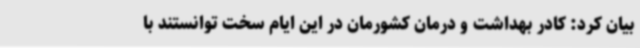
بیان کرد: کادر بهداشت و درمان کشورمان در این ایام سخت توانستند با